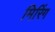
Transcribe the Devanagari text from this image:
मिरिंग